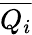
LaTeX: \overline{{Q_{i}}}